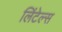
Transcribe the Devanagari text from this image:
लिंटेल्स